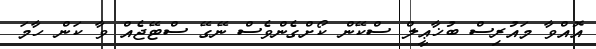
އޮއްވާ މައުރިސް ބުޚާޢީލް ސްކޭން ކޯށްގެންވެސް ނޭގޭ ސްޓޭޖެއް ވާ ކަން ހާމަ